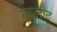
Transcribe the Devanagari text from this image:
गुइलोट